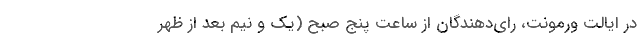
در ایالت ورمونت، رای‌دهندگان از ساعت پنج صبح (یک و نیم بعد از ظهر